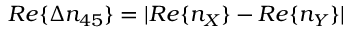
R e \{ \Delta n _ { 4 5 } \} = \vert R e \{ n _ { X } \} - R e \{ n _ { Y } \} \vert